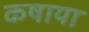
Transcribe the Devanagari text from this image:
कषाया